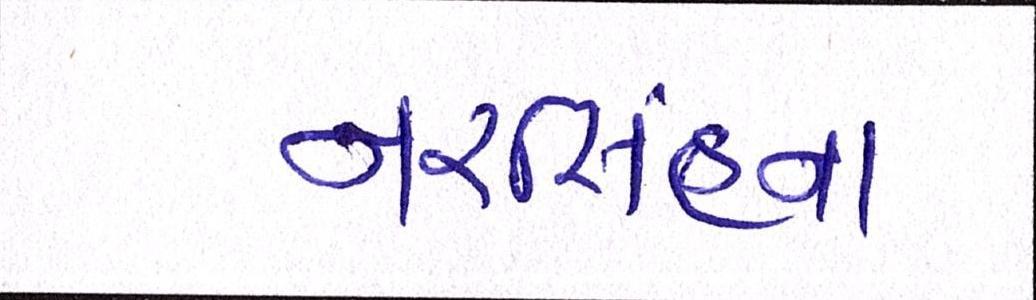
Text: નરસિંહના